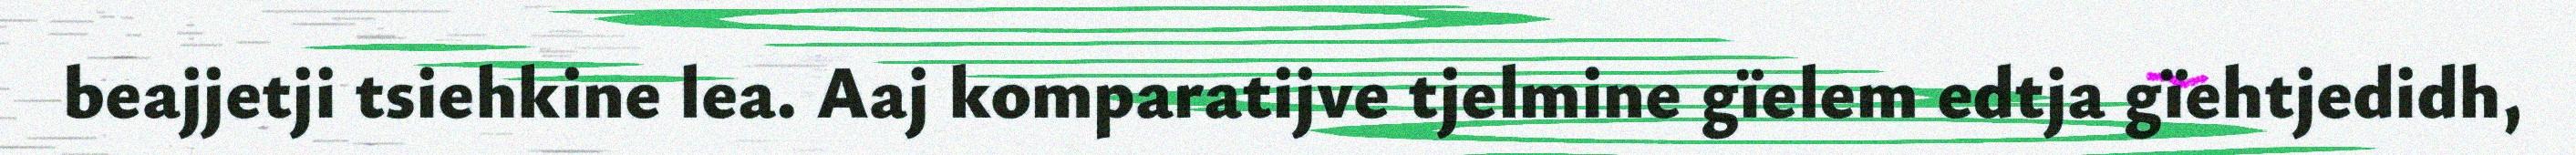
beajjetji tsiehkine lea. Aaj komparatijve tjelmine gïelem edtja gïehtjedidh,